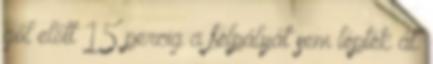
gól előtt 15 percig a félpályát sem lépték át.